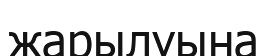
жарылуына